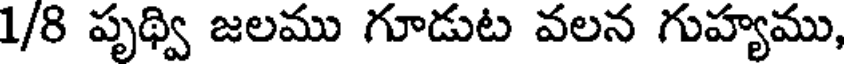
1/8 పృథ్వి జలము గూడుట వలన గుహ్యము,